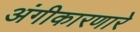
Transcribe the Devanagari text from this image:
अंगीकारणारे